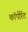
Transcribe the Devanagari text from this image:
कॉपोर्रेट